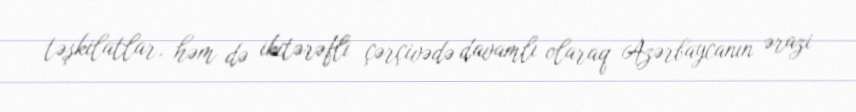
təşkilatlar, həm də ikitərəfli çərçivədə davamlı olaraq Azərbaycanın ərazi